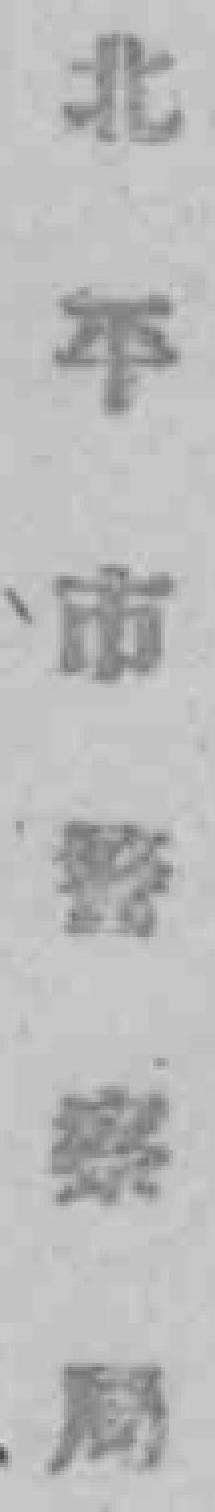
北平市警察局